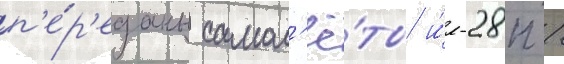
п'е́р'еданы самол'ё́ты и́л-28п /